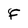
Character: F